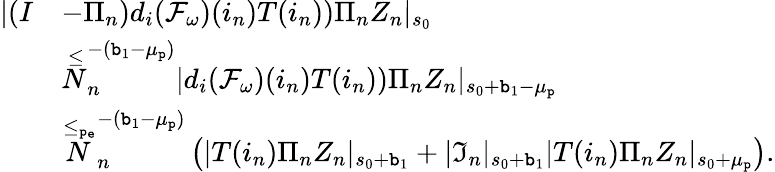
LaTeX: \begin{array}{rl}{|(I}&{-\Pi_{n})d_{i}(\mathcal{F}_{\omega})(i_{n})T(i_{n}))\Pi_{n}Z_{n}|_{s_{0}}}\\ &{\overset\le N_{n}^{-(\mathtt{b}_{1}-\mu_{\mathtt{p}})}|d_{i}(\mathcal{F}_{\omega})(i_{n})T(i_{n}))\Pi_{n}Z_{n}|_{s_{0}+\mathtt{b}_{1}-\mu_{\mathtt{p}}}}\\ &{\overset{\le_{\mathtt{p_{e}}}}N_{n}^{-(\mathtt{b}_{1}-\mu_{\mathtt{p}})}\left(|T(i_{n})\Pi_{n}Z_{n}|_{s_{0}+\mathtt{b}_{1}}+|\mathfrak{I}_{n}|_{s_{0}+\mathtt{b}_{1}}|T(i_{n})\Pi_{n}Z_{n}|_{s_{0}+\mu_{\mathtt{p}}}\right).}\end{array}